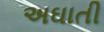
અઘાતી